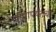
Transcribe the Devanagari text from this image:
खांद्यापर्यंतची